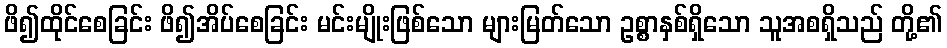
ဖိ၍ထိုင်စေခြင်း ဖိ၍အိပ်စေခြင်း မင်းမျိုးဖြစ်သော များမြတ်သော ဥစ္စာနှစ်ရှိသော သူအစရှိသည် တို့၏